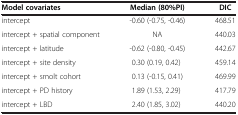
<table><thead><tr><td><b>Model covariates</b></td><td><b>Median (80%PI)</b></td><td><b>DIC</b></td></tr></thead><tbody><tr><td>intercept</td><td>-0.60 (-0.75, -0.46)</td><td>468.51</td></tr><tr><td>intercept + spatial component</td><td>NA</td><td>440.03</td></tr><tr><td>intercept + latitude</td><td>-0.62 (-0.80, -0.45)</td><td>442.67</td></tr><tr><td>intercept + site density</td><td>0.30 (0.19, 0.42)</td><td>459.14</td></tr><tr><td>intercept + smolt cohort</td><td>0.13 (-0.15, 0.41)</td><td>469.99</td></tr><tr><td>intercept + PD history</td><td>1.89 (1.53, 2.29)</td><td>417.79</td></tr><tr><td>intercept + LBD</td><td>2.40 (1.85, 3.02)</td><td>440.20</td></tr></tbody></table>